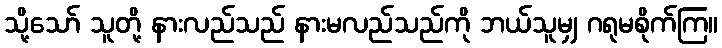
သို့သော် သူတို့ နားလည်သည် နားမလည်သည်ကို ဘယ်သူမျှ ဂရုမစိုက်ကြ။